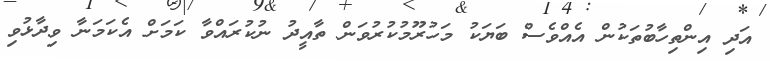
އަދި އިންތިހާބުތަކުން އެއްވެސް ބަޔަކު މަހުރޫމުކުރުވަން ތާއީދު ނުކުރައްވާ ކަމަށް އެކަމަނާ ވިދާޅުވި